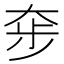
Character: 𡘧